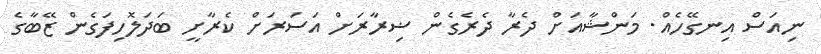
ނިއަސް އިނގޭހެއް. މަންޝާއަށް ދެރާ ދެރެގެން ޟިރާރަށް އަސަރަށް ކެރާށީ ބަދަލޮހިފަގެން ޒޭބާގެ